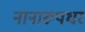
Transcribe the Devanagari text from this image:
नानारूपधर